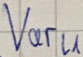
Text: Varl1